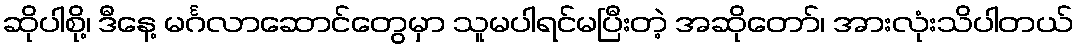
ဆိုပါစို့၊ ဒီနေ့ မင်္ဂလာဆောင်တွေမှာ သူမပါရင်မပြီးတဲ့ အဆိုတော်၊ အားလုံးသိပါတယ်